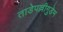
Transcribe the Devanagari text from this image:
ताडेपल्लीगुडेम